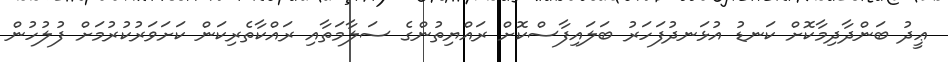
ޢީދު ބަންދާދިމާކޮށް ކަނޑު އުޅަނދުފަހަރު ބަލައިފާސްކޮށް ރައްޔިތުންގެ ސަލާމަތާއި ރައްކާތެރިކަން ކަށަވަރުކުރުމަށް ފުލުހުން